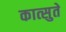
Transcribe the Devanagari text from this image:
कात्सुते